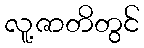
လူ့ဇာတိတွင်